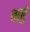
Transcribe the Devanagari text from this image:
बाहुं